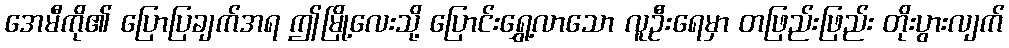
အေမီကို၏ ပြောပြချက်အရ ဤမြို့လေးသို့ ပြောင်းရွှေ့လာသော လူဦးရေမှာ တဖြည်းဖြည်း တိုးပွားလျက်